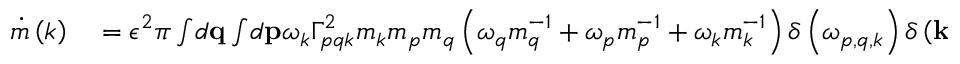
\begin{array} { r l } { \dot { m } \left( k \right) } & { { } = \epsilon ^ { 2 } \pi \int \! d \mathbf { q } \int \! d \mathbf { p } \omega _ { k } \Gamma _ { p q k } ^ { 2 } m _ { k } m _ { p } m _ { q } \left( \omega _ { q } m _ { q } ^ { - 1 } + \omega _ { p } m _ { p } ^ { - 1 } + \omega _ { k } m _ { k } ^ { - 1 } \right) \delta \left( \omega _ { p , q , k } \right) \delta \left( \mathbf { k } + \mathbf { q } + \mathbf { p } \right) , } \end{array}